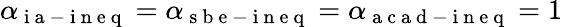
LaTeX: \alpha_{\mathrm{~i~a~-~i~n~e~q~}}=\alpha_{\mathrm{~s~b~e~-~i~n~e~q~}}=\alpha_{\mathrm{~a~c~a~d~-~i~n~e~q~}}=1